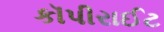
કૉપીરાઈટ